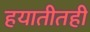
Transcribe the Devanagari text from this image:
हयातीतही